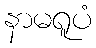
နာမရူပံ